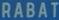
RABAT